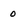
Character: 0